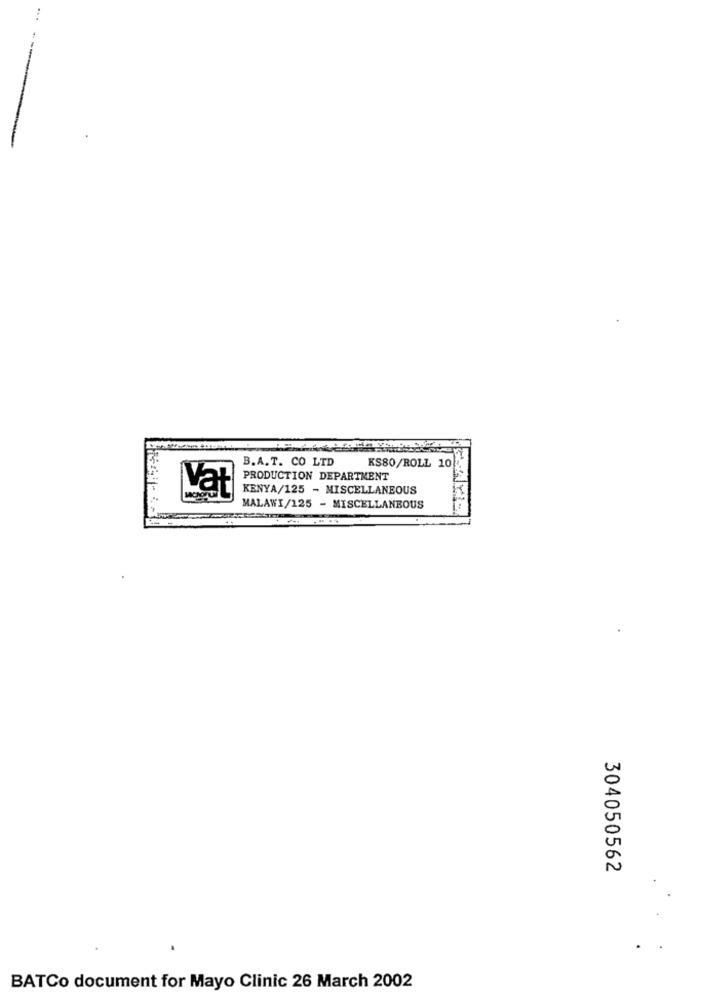
B.A.T. CO LTD
KS80/ROLL 10
PRODUCTION DEPARTMENT
Vat
KENYA/125 - MISCELLANEOUS
MALAWI/125 - MISCELLANEOUS
304050562
BATCo document for Mayo Clinic 26 March 2002